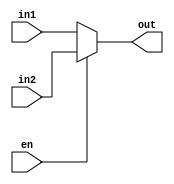
module mux_24bit(in1, in2, en, out);

	input  [23:0] in1, in2;
	input  en;

	output [23:0] out;

	assign out = en ? in2 : in1;

endmodule